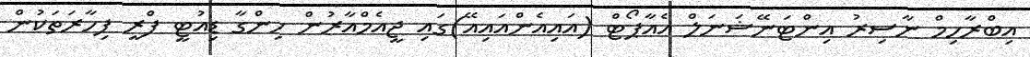
އިބްރާހިމް ނާސިރު އިންޓަނޭޝަނަލް އެއާޕޯޓް (އައިއެންއައިއޭ)ގައި ޖީއެމްއާރުން ހިންގާ ޑިއުޓީ ފްރީ ފިހާރަތަކުން